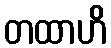
တထာဟိ